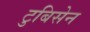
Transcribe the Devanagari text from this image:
टुबिसेन